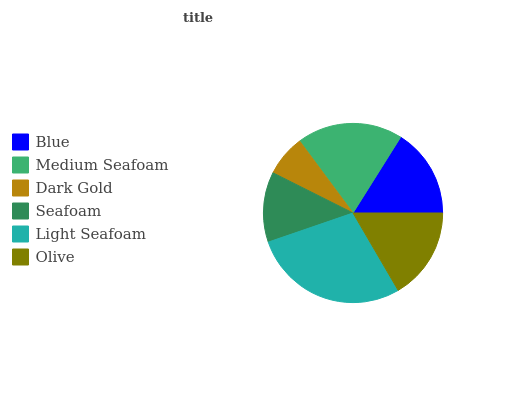
| Blue | Medium Seafoam | Dark Gold | Seafoam | Light Seafoam | Olive |
 | --- | --- | --- | --- | --- | --- |
 | 16.1% | 19.1% | 7.45% | 12.7% | 28.2% | 16.5% |